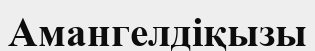
Амангелдіқызы